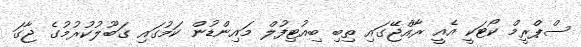
ސްޕްރީމް ކޯޓަކީ އެއީ ރާއްޖޭގައި ތިބި ބިއުޓިފުލް މައިންޑުން ކަމުގައި ގަބޫލުކުރުމުގެ ޖާގަ